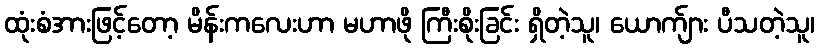
ထုံးစံအားဖြင့်တော့ မိန်းကလေးဟာ မဟာဖို ကြီးစိုးခြင်း ရှိတဲ့သူ၊ ယောက်ျား ပီသတဲ့သူ၊